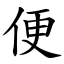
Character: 便